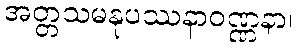
အတ္တသမနုပဿနာဝဏ္ဏနာ။